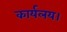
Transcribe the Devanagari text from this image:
कार्यलय।